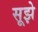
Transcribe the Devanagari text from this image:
सूझे